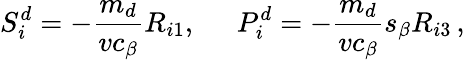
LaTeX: S_{i}^{d}=-\frac{m_{d}}{vc_{\beta}}R_{i1},\; \; \; \; \; P_{i}^{d}=-\frac{m_{d}}{vc_{\beta}}s_{\beta}R_{i3}\, ,